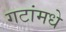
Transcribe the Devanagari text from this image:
गटांमधे